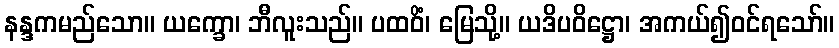
နန္ဒကမည်သော။ ယက္ခော၊ ဘီလူးသည်။ ပထဝိံ၊ မြေသို့။ ယဒိပဝိဋ္ဌော၊ အကယ်၍ဝင်ရသော်။